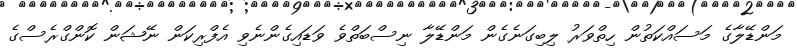
މަންޑޭލާގެ މަސައްކަތުން ހިތްވަރު ލިބިގަނެގެން މަންޑޭލާ ނިސްބަތްވެ ވަޑައިގެންނެވި އެފްރިކަން ނޭޝަން ކޮންގްރެސްގެ